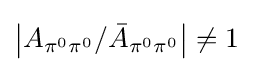
\left|A_{\pi ^{0}\pi ^{0}}/{\bar {A}}_{\pi ^{0}\pi ^{0}}\right|\neq 1